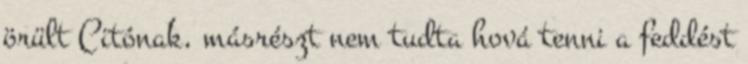
örült Citónak, másrészt nem tudta hová tenni a feddést